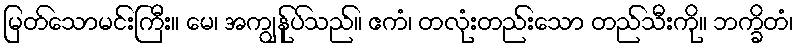
မြတ်သောမင်းကြီး။ မေ၊ အကျွန်ုပ်သည်။ ဧကံ၊ တလုံးတည်းသော တည်သီးကို။ ဘက္ခိတံ၊